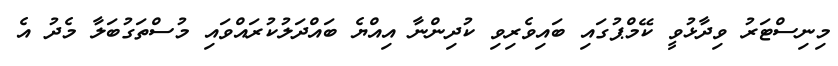
މިނިސްޓަރު ވިދާޅުވީ ކޭމްޕުގައި ބައިވެރިވި ކުދިންނާ އިއްޔެ ބައްދަލުކުރައްވައި މުސްތަގުބަލާ މެދު އެ